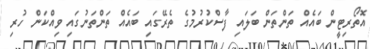
އޮތޯރިޓީން ބައެއް ތަންތަން ބަލައި ފާސްކުރުމުގެ ތެރޭގައި ބައެއް ތަންތަނުގައި ވިއްކަން ހުރި